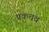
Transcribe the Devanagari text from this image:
प्रकचव